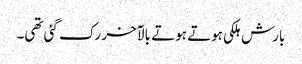
بارش ہلکی ہوتے ہوتے بالآخر رک گئی تھی۔